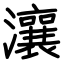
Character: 瀼